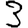
Digit: 3